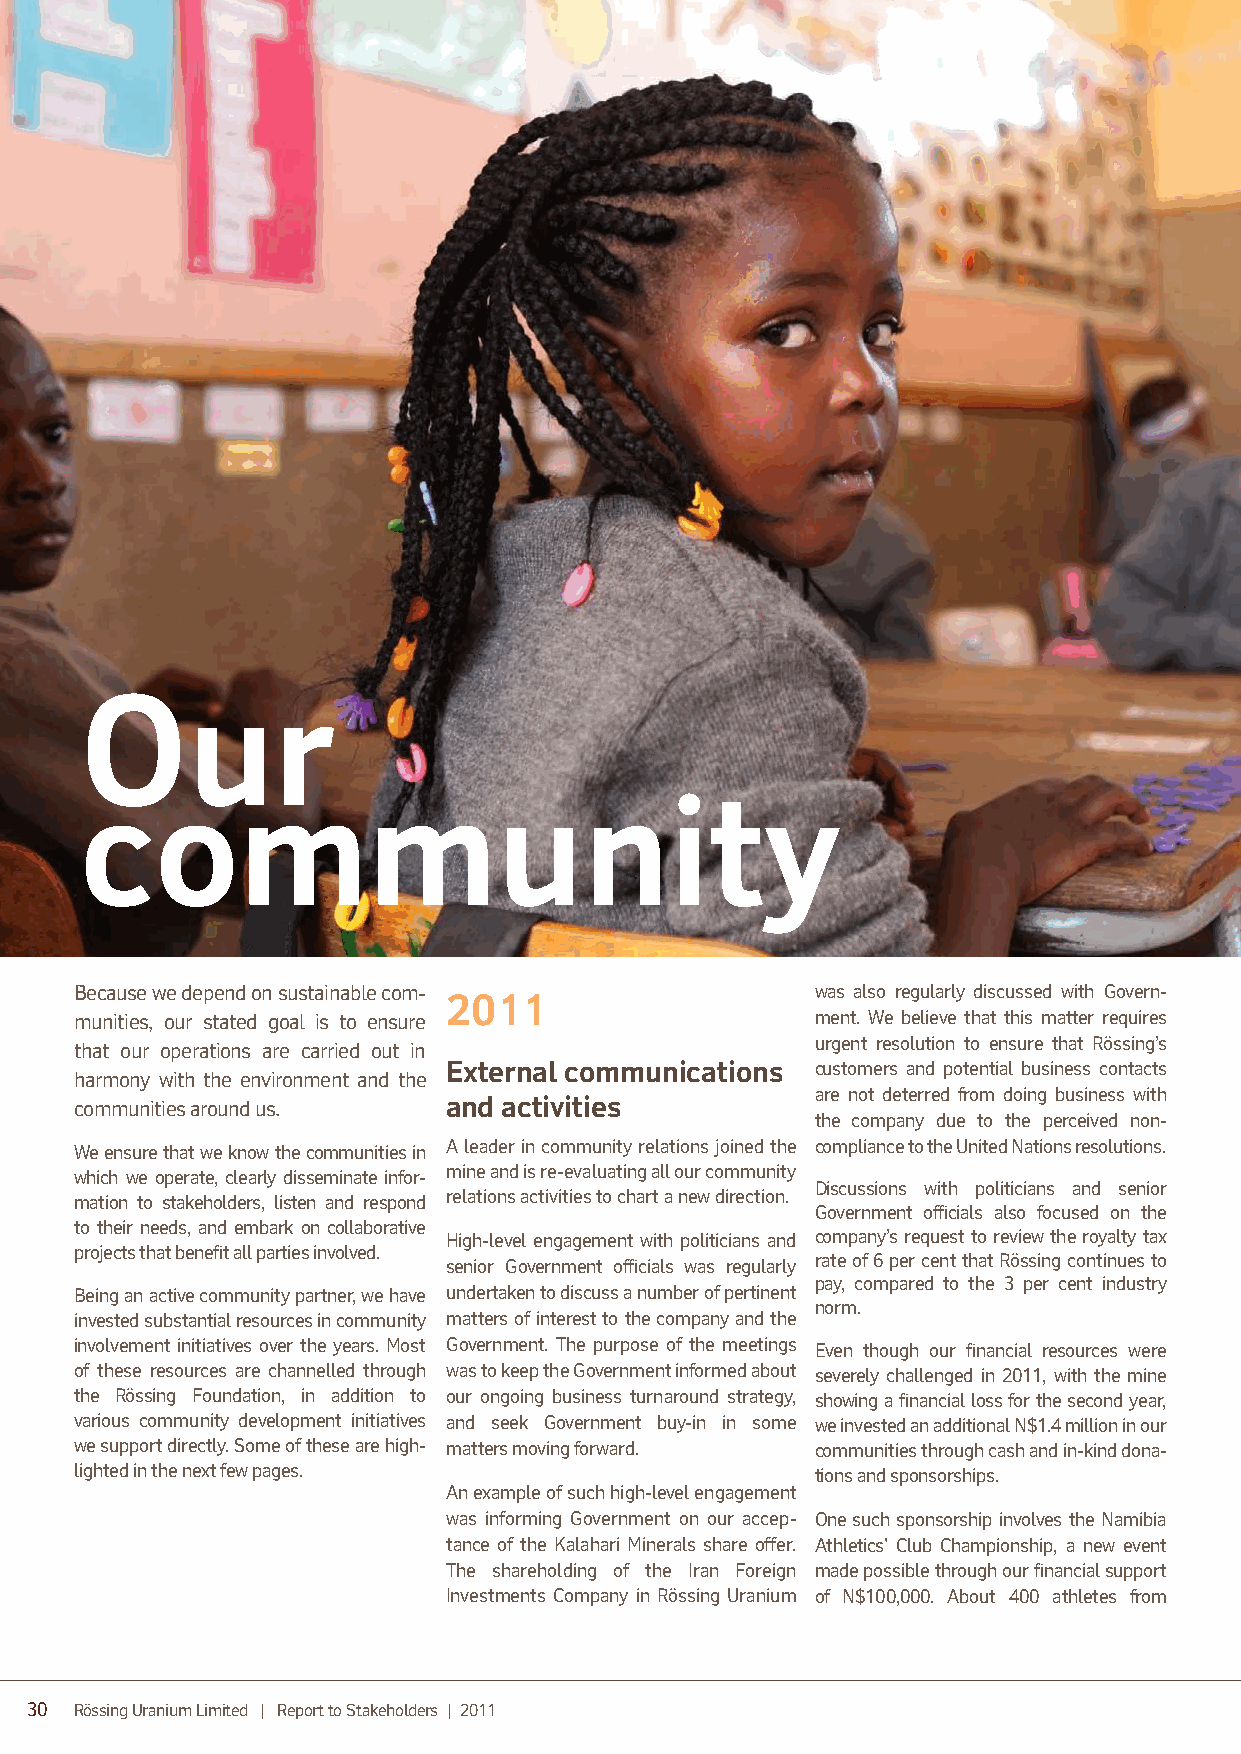
Our
 community
 Because we depend on sustainable com -           was also regularly discussed with Govern-
 2011
 mun ities, our stated goal is to ens ure         ment. We believe that this matter requires
 urgent resolution to ensure that Rössing’s
 that our operations are carried out in
 External communications customers and potential business contacts
 harmony with the environment and the
 are not deterred from doing business with
 communities around us.   and activities
 the company due to the perceived non-
 We ensure that we know the communities in A leader in community relations joined the compliance to the United Nations resolutions.
 which we operate, clearly dissem inate infor- mine and is re-evaluating all our community
 Discussions with politicians and senior
 mat ion to stakeholders, listen and respond relations activities to chart a new direction.
 Governm ent officials also focused on the
 to their needs, and embark on collaborative
 High-level engagement with politicians and company’s request to review the royalty tax
 projects that benefit all parties involved.
 rate of 6 per cent that Rössing continues to
 senior Government officials was regularly
 pay, compared to the 3 per cent industry
 Being an active community partner, we have undert aken to discuss a number of pertinent
 norm.
 invested substantial resources in community matters of interest to the company and the
 involvement initiatives over the years. Most Governm ent. The purpose of the meetings Even though our financial resources were
 of these resources are channelled through was to keep the Government informed about severely challenged in 2011, with the mine
 the Rössing Foundation, in addition to our ongoing business turnaround strategy, showing a financial loss for the second year,
 various community development initiatives and seek Government buy-in in some we invested an additional N$1.4 million in our
 we support directly. Some of these are high- matters moving forward. communities through cash and in-kind dona-
 lighted in the next few pages.                   tions and sponsorships.
 An example of such high-level engagement
 was informing Government on our accep- One such sponsorship involves the Namibia
 tance of the Kalahari Minerals share offer. Athletics' Club Championship, a new event
 The shareholding of the Iran Foreign made possible through our financial support
 Investm ents Company in Rössing Uranium of N$100,000. About 400 athletes from
 30 Rössing Uranium Limited | Report to Stakeholders | 2011